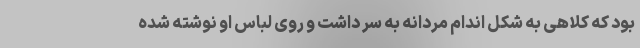
بود که کلاهی به شکل اندام مردانه به سر داشت و روی لباس او نوشته شده